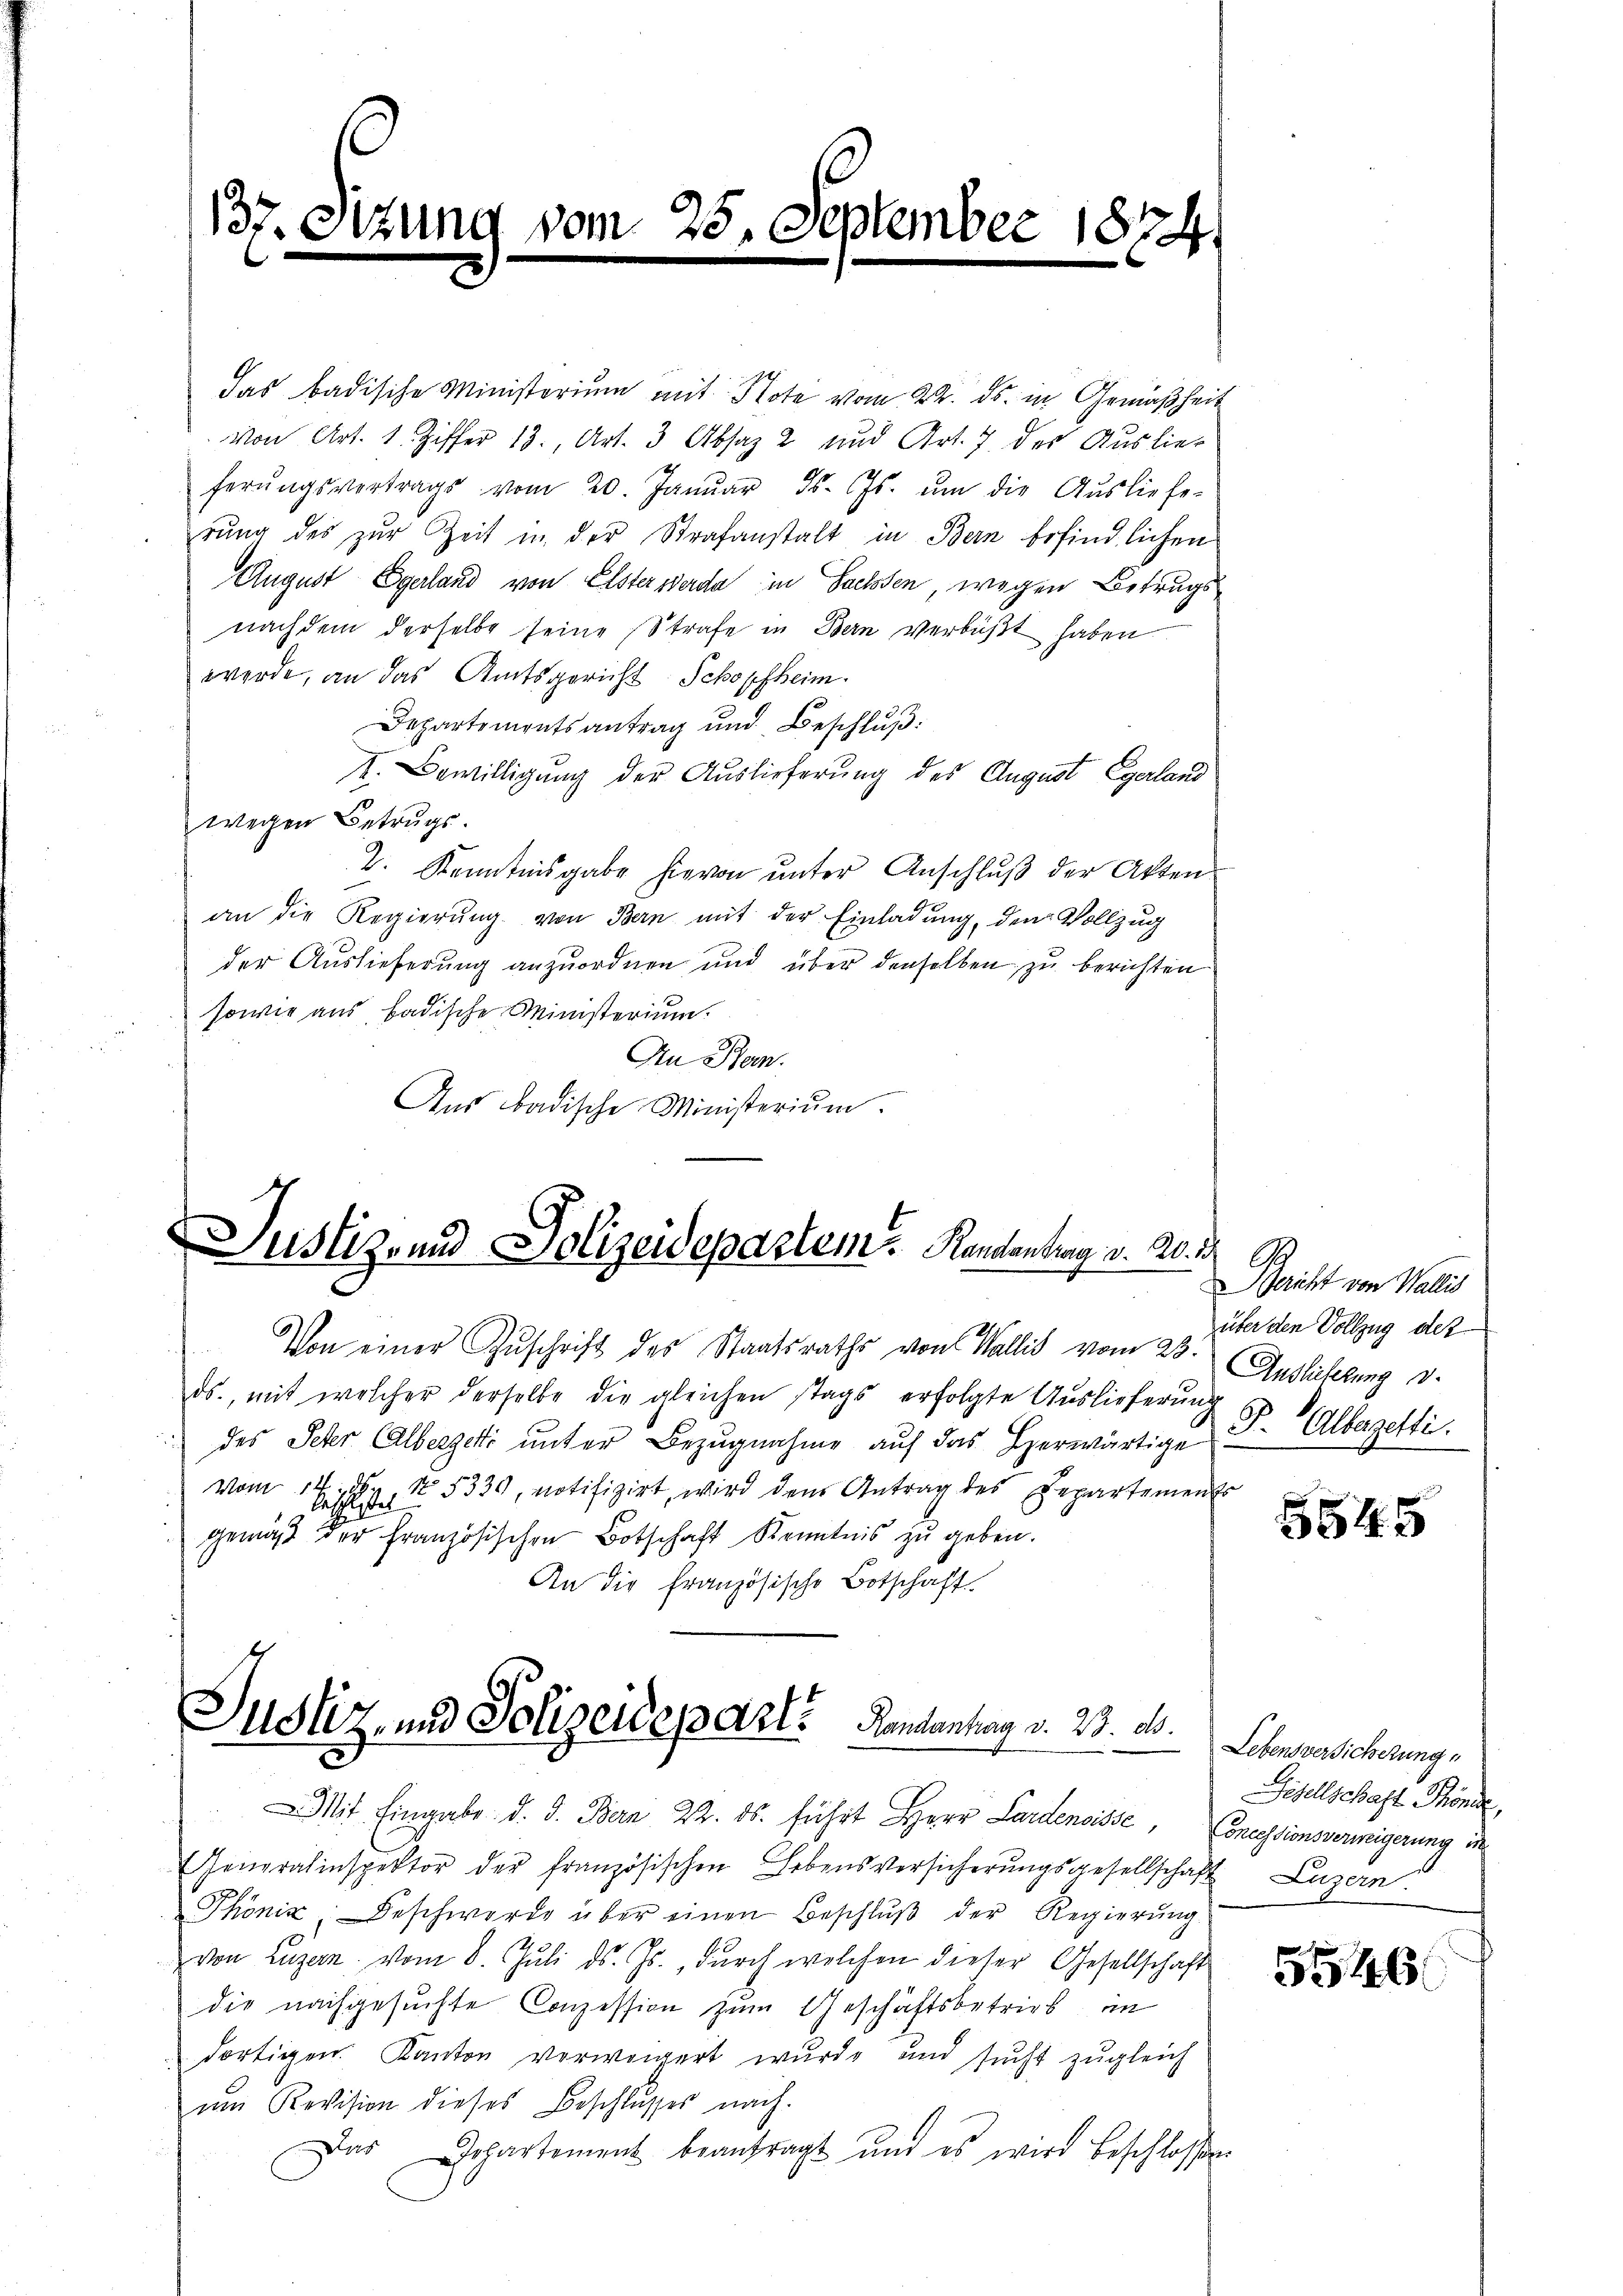
17. Sizung

vom 25. September 1874.

das badische Ministerium mit Note vom 22. ds. in Gemäßheit
von Art. 1. Ziffer 13., Art. 3 Absaz 2 und Art. 7 der Auslief
ferŭngsvertrags vom 20. Janŭar 15. ds. ŭm die Aŭsliefe-
rŭng des zur Zeit in der Strafanstalt in Bern befindlichen
August Egerland von Elsterwerde in Sachsen, wegen Betrugsnachdem derselbe seine Strafe in Bern verbüßt haben
werde, an das Amtsgericht Schopfheim.
Departementsantrag und Beschluß:
I. Bewilligung der Auslieferung des August Egerland
wegen Betrugs.
2. Kenntnisgabe hievon ŭnter Anschlŭβ der Akten
an die Regierŭng von Bern mit der Einladung, den Vollzug
der Auslieferung anzuordnen und über denselben zu berichten
sowie aus badische Ministerium.
An Bern.
Aus badische Ministerium.

Justiz- und Polizeidepartem Randantrag v. 20. 24 J
Von einer Zuschrift des Staatsraths von Wallis vom 23. Auslieferung v.

ds., mit welcher derselbe die gleichen stags erfolgte Auslieferung
 des Peter Calbergert unter Bezugnahme auf das Herwärtige
vom 17. No. 5330, notifizirt, wird dem Antrag des Departements
gemäβ der Französischen Botschaft Kenntnis zŭ geben.
An die Französische Botschaft

Justiz- und Polizeidepart. Landantag v. 23. d.

Mit Eingabe d. d. Bern 22. ds. führt Herr Lardenoisse, Concessionsverweigerung in
Generalinspektor der französischen Lebensversicherŭngsgesellschaft Luzern.
Phönix: Beschwerde über einen Beschlŭβ der Regierŭng
von Luzern vom 8. Jŭli d. Js., dŭrch welchen dieser Gesellschaft
die nachgesuchte Conzession zum Geschäftsbetrieb in
dortigen. Kanton verweigert wŭrde, und sŭcht zŭgleich
um Revision dieses Beschlŭsses nach.
Das Departement beantragt und es wird beschlossen

ericht von Wallis
über den Vollzug des
F. Albagetti.

5545

Lebensversicherung
Gisellschaft Töne,

5546